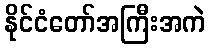
နိုင်ငံတော်အကြီးအကဲ